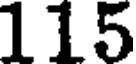
115